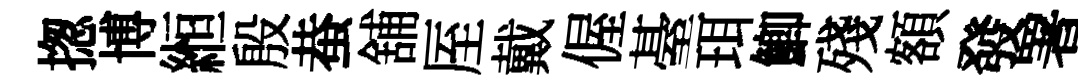
揔博縆殷蛬舖厔戴偓䑓珥鯽殘額發署